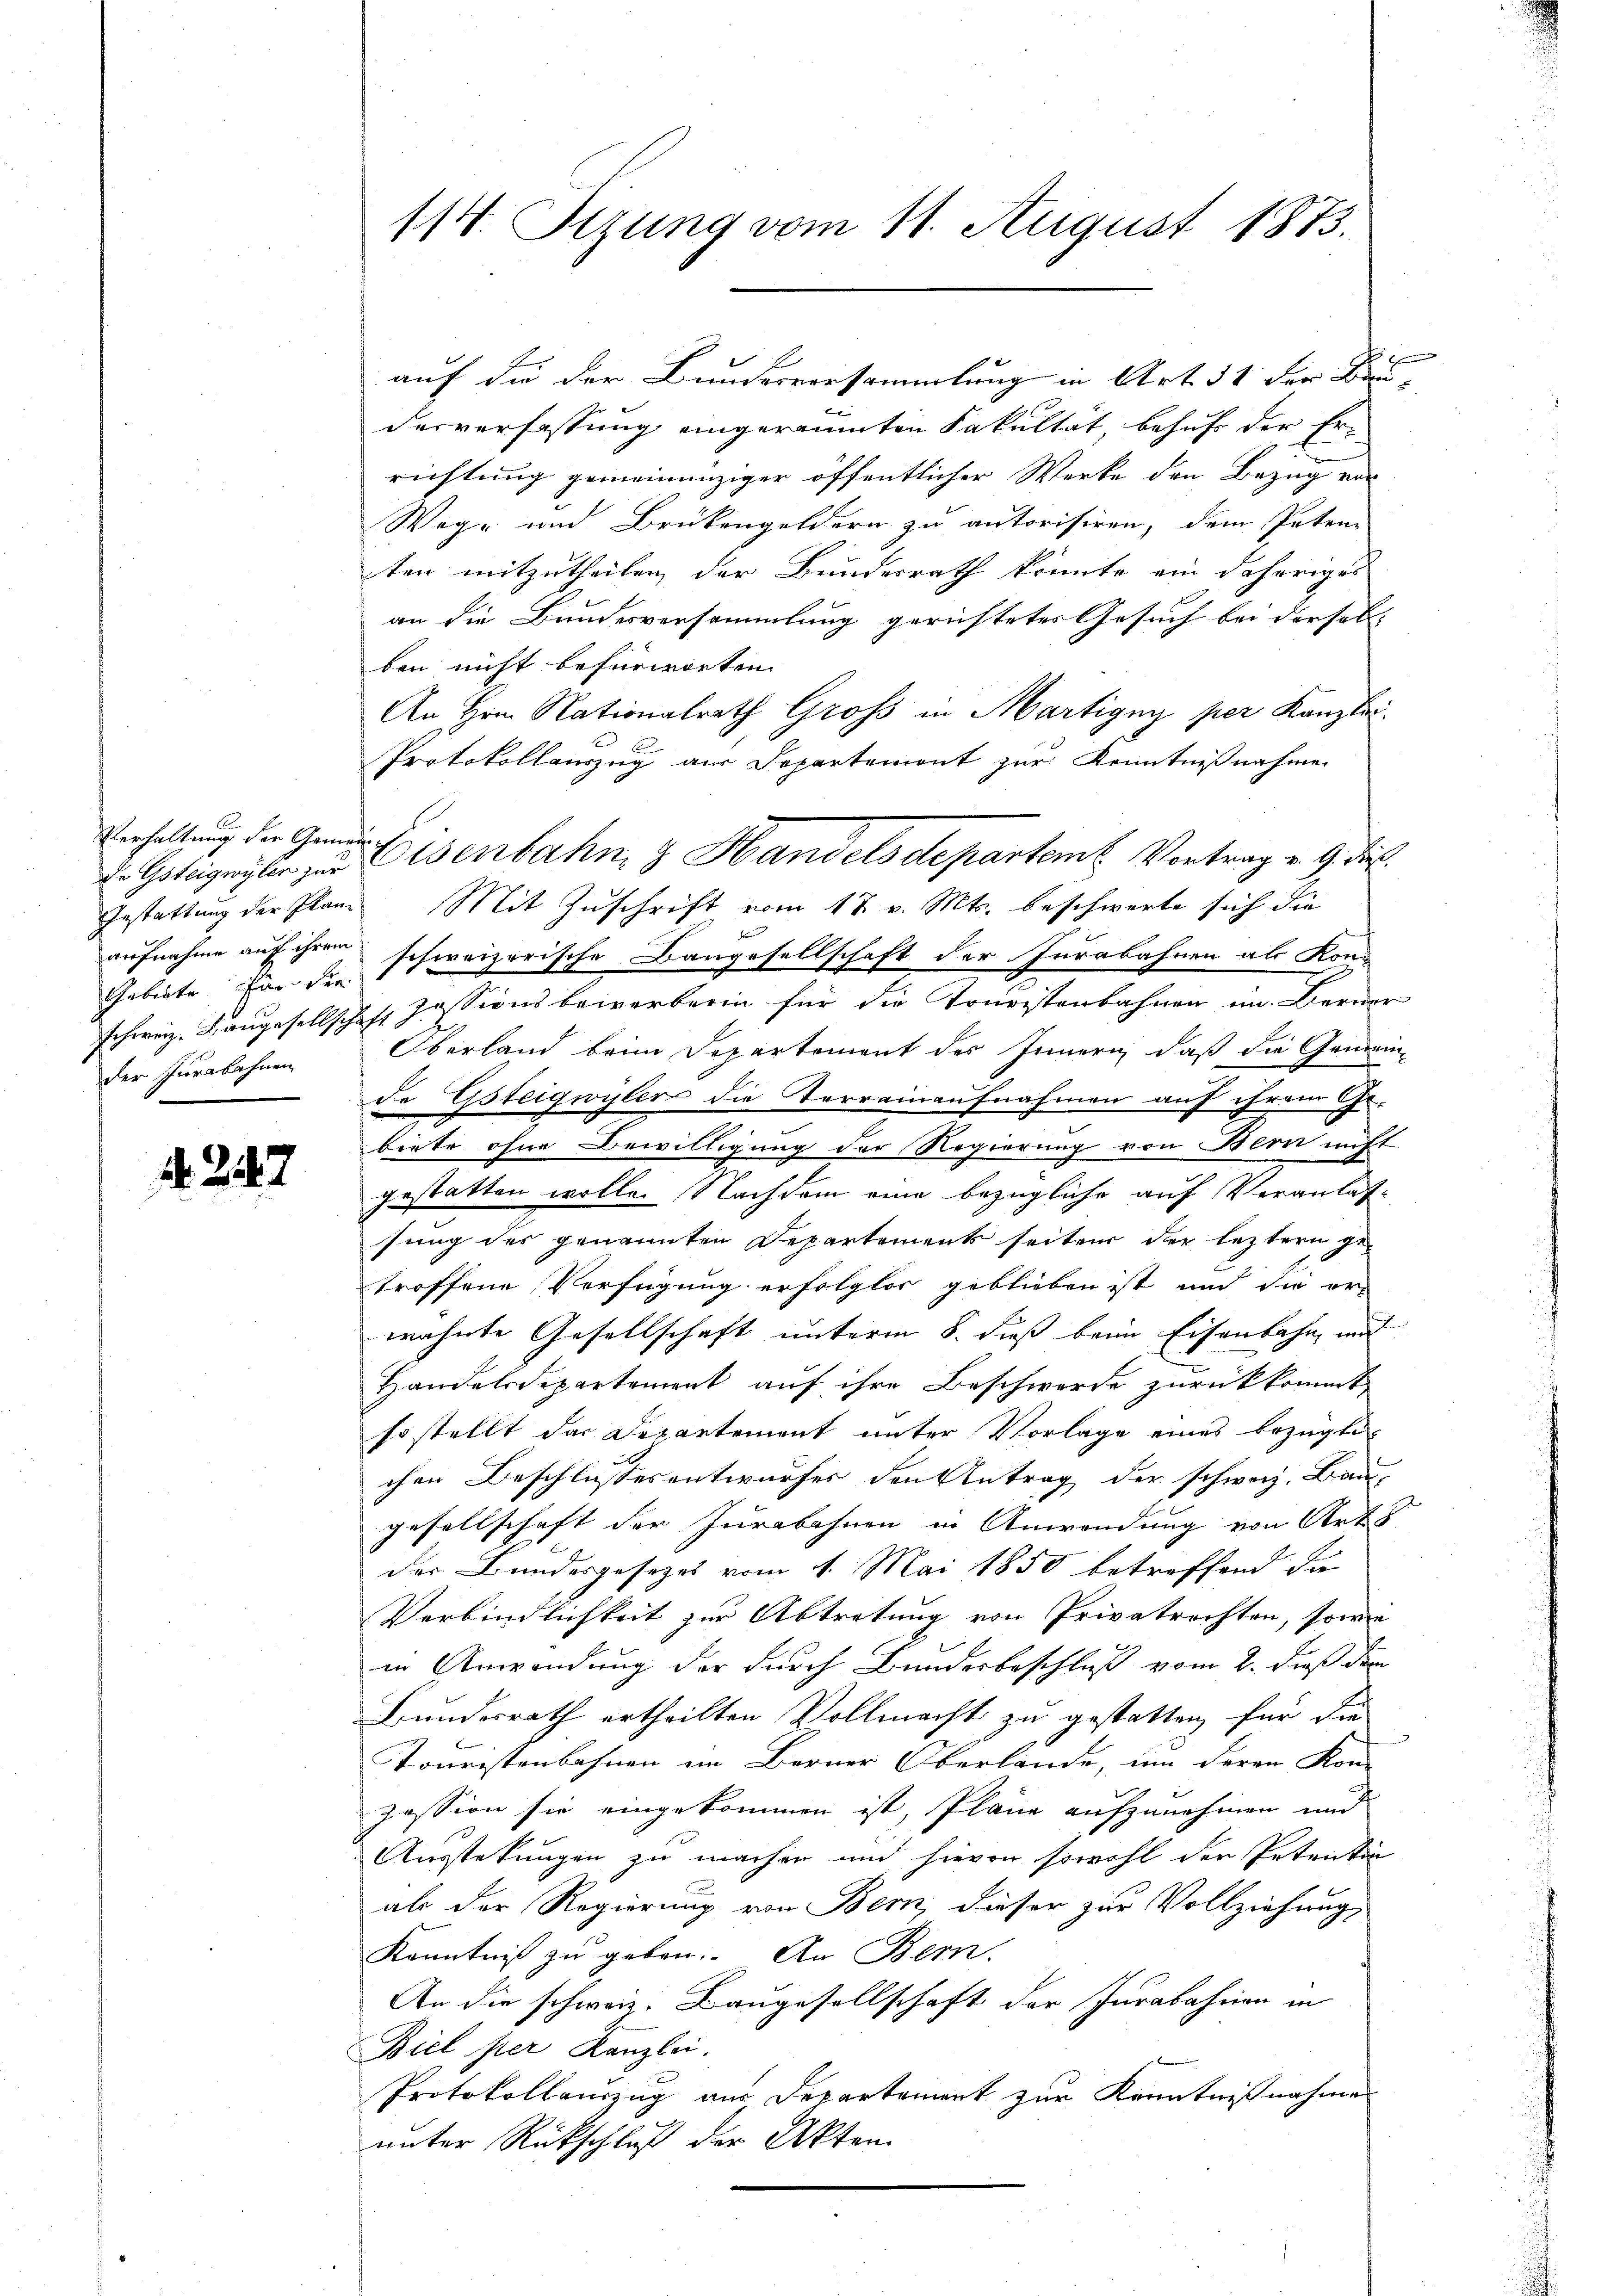
Verhaltung der Gemein¬
Gestattung der Planaufnahme auf ihrem
Gebiete von der
Der Jurakaehnen

4. 247

114. Sizung vom 11. August 1873.

auf die der Bundesversammlung in Art. 31 der Baudesverfassung eingeräumten Fakultät, behufs der Errichtung gemeinanziger öffentlicher Werke den Bezug vor
Wege und Brükengeldern zu autorisiren, dem Paten-
ten mitzutheilen der Bundesrath könnte ein daheriges
an die Bundesversammlung gerichtetes Gesuch bei der sol- |
ben nicht befürworten
An Hrn. Nationalrath Groß in Martigny per Kanzlei.
 E
Protokollauszug aus Departemont zur Kenntnißnahme
Mit Zuschrift vom 18. v. Mts. beschwerte sich die
dan
schweizerische Bangesellschaft der Jurabahnen als Kon
schweiz. Langesellschaft Zessionsbewerberin für die Touristenbahnen im Berner
Oberland beim Departement des Innern, daß die Gemeinde Gsteigwyler die Terrainaufnahmen auf ihrem Ge-
.
.
biete ohne Bewilligung der Regierung von Bern nicht
gestatten wollen Nachdem eine bezügliche auf Veranlassung des genannten Departements seiten der leztern ge-
troffene Verfügung erfolglos geblieben ist und die orwähnte Gesellschaft unterm 8. dieß beim Eisenbahn, und
Handelsdepartement auf ihre Beschwerde zurückkommt,
so stellt das Departement unter Vorlage eines bezügte
chen Beschlussesentwurfes den Antrag der schweiz. Ban
gesellschaft der Jurabahnen in Anwendung von Art
der Bundesgesetzes vom 1. Mai 1850 betreffend die
Verbindlichkeit zur Abtretung von Privatrechten, sowie
in Anwendung der durch Bundesbeschluß vom 2. Dieß dem
Bundesrath ertheilten Vollmacht zu gestatten für die
Touristenbahnen im Berner Oberlande, um deren Kon-
zession sie eingekommen ist, Pläne aufzunehmen und
Ausstekungen zu machen und hievon sowohl der Petentin
als der Regierung von Bern, dieser zur Vollziehung,
Kenntniß zu geben. An Bern.
An die schweiz. Baugesellschaft der Jurabahren in
Biel per Kanzlei.
Protokollauszug aus Departement zur Kenntnißnahmen
unter Rückschluß der Akten.

. Gsteigeryber zur Eisenbahn & Handelsdepartem Vortrag v. 9. die